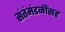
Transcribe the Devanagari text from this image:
संतंमंडळींसह